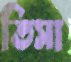
তিসা